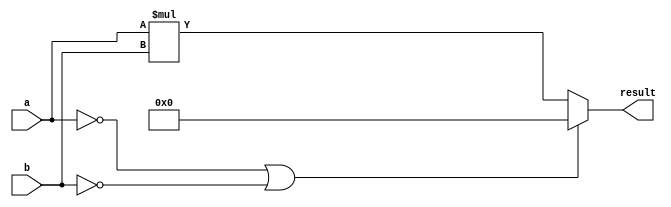
// -----------------------------------------------------------------------------
// This file exports the basic arithmetic unit of `multiplier`. Here we use the
// signed multiplier.
// -----------------------------------------------------------------------------

module multiplier #(parameter BIT_WIDTH = 8) (
  input wire signed   [BIT_WIDTH-1:0]       a,      // 2 input operands
  input wire signed   [BIT_WIDTH-1:0]       b,
  output wire signed  [2*BIT_WIDTH-1:0]     result  // multiplication result
);

assign result = (a == {BIT_WIDTH{1'b0}} || b == {BIT_WIDTH{1'b0}}) ?
  {(2*BIT_WIDTH){1'b0}} : a * b;

endmodule